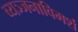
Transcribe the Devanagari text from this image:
व्यञ्जनाविमर्श